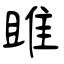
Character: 雎